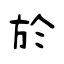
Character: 於